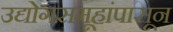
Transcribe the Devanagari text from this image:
उद्योगसमूहांपासून